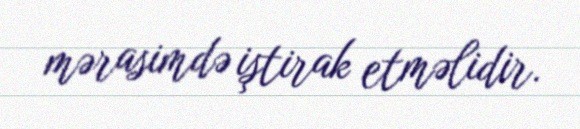
mərasimdə iştirak etməlidir.